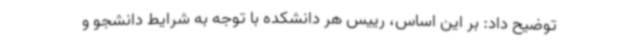
توضیح داد: بر این اساس، رییس هر دانشکده با توجه به شرایط دانشجو و